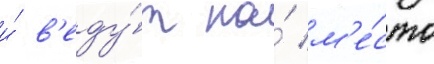
и́ в'еду́т на́ м'е́сто